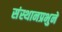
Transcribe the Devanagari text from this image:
संस्थानप्रभुने